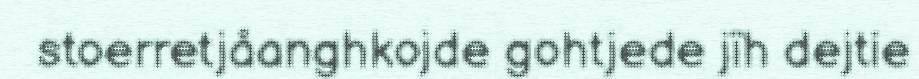
stoerretjåanghkojde gohtjede jïh dejtie